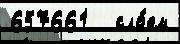
657661   сло́ем